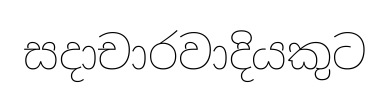
සදාචාරවාදියකුට